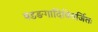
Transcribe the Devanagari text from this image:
षडङगादिविवर्जितः